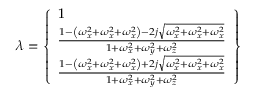
\lambda = \left\{ \begin{array} { l } { 1 } \\ { \frac { 1 - \left( \omega _ { x } ^ { 2 } + \omega _ { x } ^ { 2 } + \omega _ { x } ^ { 2 } \right) - 2 j \sqrt { \omega _ { x } ^ { 2 } + \omega _ { x } ^ { 2 } + \omega _ { x } ^ { 2 } } } { 1 + \omega _ { x } ^ { 2 } + \omega _ { y } ^ { 2 } + \omega _ { z } ^ { 2 } } } \\ { \frac { 1 - \left( \omega _ { x } ^ { 2 } + \omega _ { x } ^ { 2 } + \omega _ { x } ^ { 2 } \right) + 2 j \sqrt { \omega _ { x } ^ { 2 } + \omega _ { x } ^ { 2 } + \omega _ { x } ^ { 2 } } } { 1 + \omega _ { x } ^ { 2 } + \omega _ { y } ^ { 2 } + \omega _ { z } ^ { 2 } } } \end{array} \right\}